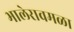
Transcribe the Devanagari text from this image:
भालेरावमळा